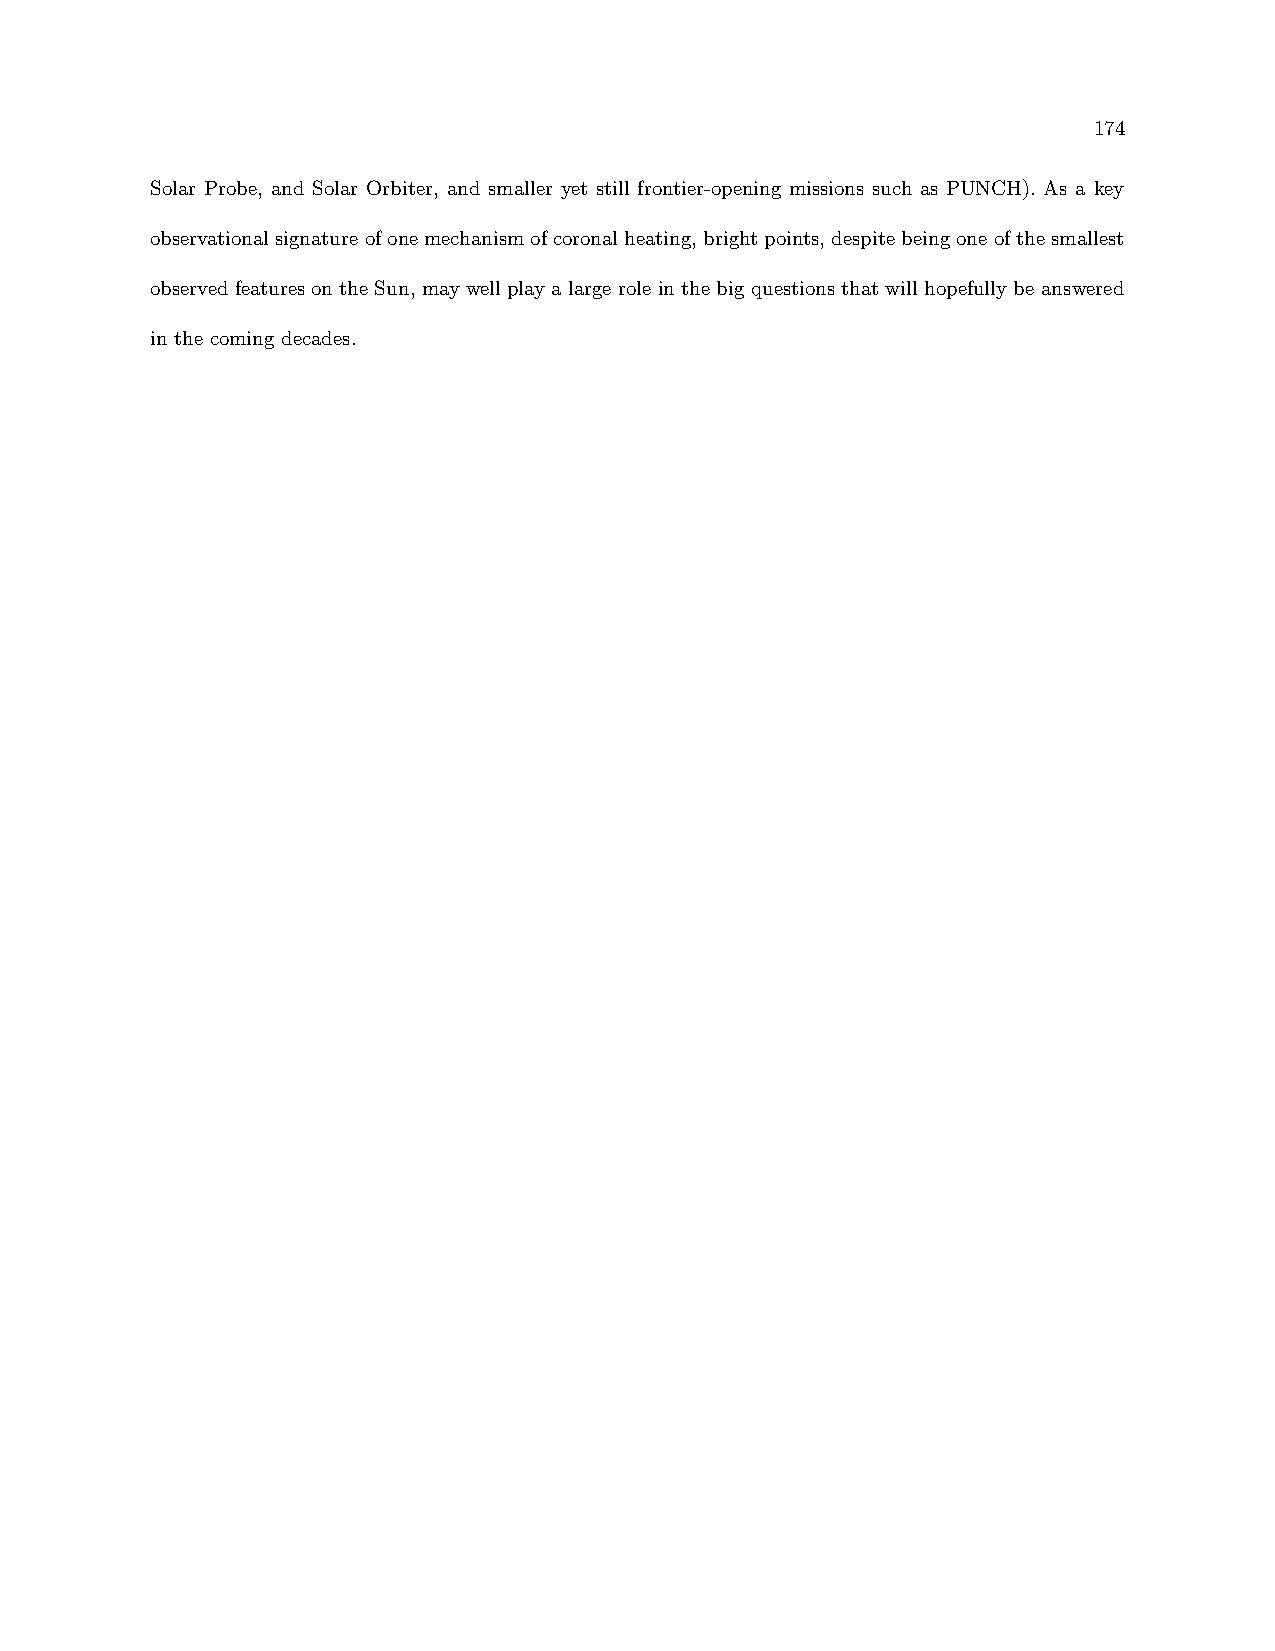
174
 Solar Probe, and Solar Orbiter, and smaller yet still frontier-opening missions such as PUNCH). As a key
 observationalsignatureofonemechanismofcoronalheating,brightpoints,despitebeingoneofthesmallest
 observed features on the Sun, may well play a large role in the big questions that will hopefully be answered
 in the coming decades.